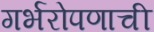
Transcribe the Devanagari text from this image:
गर्भरोपणाची